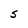
Character: S